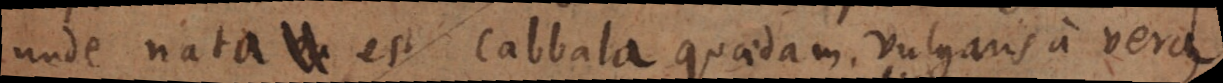
unde nata est Cabbala quaedam vulgaris a vera